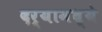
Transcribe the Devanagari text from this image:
दर्यामध्ये